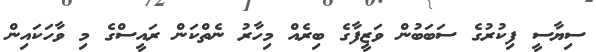
ސިޔާސީ ފިކުރުގެ ސަބަބުން ވަޒީފާގެ ބިރެއް މިހާރު ނެތްކަން ރައީސްގެ މި ވާހަކައިން